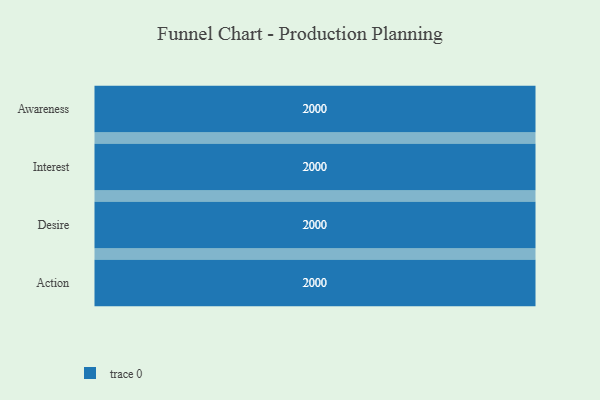
{"axis": {"x": "Stage", "y": "Value"}, "legend": [""], "data": [{"x": "Awareness", "y": 2000, "type": ""}, {"x": "Interest", "y": 2000, "type": ""}, {"x": "Desire", "y": 2000, "type": ""}, {"x": "Action", "y": 2000, "type": ""}]}